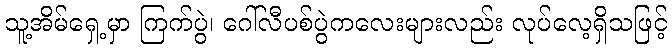
သူ့အိမ်ရှေ့မှာ ကြက်ပွဲ၊ ဂေါ်လီပစ်ပွဲကလေးများလည်း လုပ်လေ့ရှိသဖြင့်